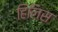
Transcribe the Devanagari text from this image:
हिलिस